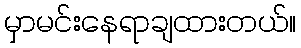
မှာမင်းနေရာချထားတယ်။